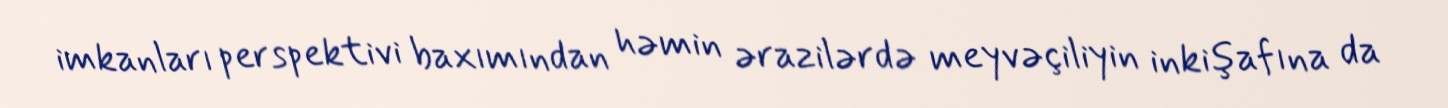
imkanları perspektivi baxımından həmin ərazilərdə meyvəçiliyin inkişafına da